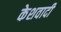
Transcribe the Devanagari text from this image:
केशवादी